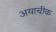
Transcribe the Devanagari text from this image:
अयाचीक